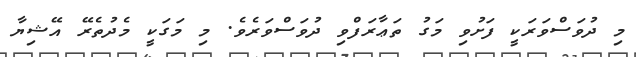
މި ދުވަސްވަރަކީ ފަށުވި މަގު ތަޢާރަފްވި ދުވަސްވަރެވެ. މި މަގަކީ މެދުތެރޭ އޭޝިޔާ